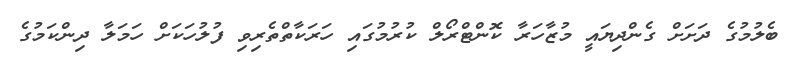
ބެލުމުގެ ދަށަށް ގެންދިޔައީ މުޒާހަރާ ކޮންޓްރޯލް ކުރުމުގައި ހަރަކާތްތެރިވި ފުލުހަކަށް ހަމަލާ ދިންކަމުގެ